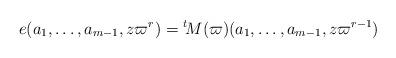
LaTeX: \begin{align*}e(a_1,\dots, a_{m-1}, z\varpi^r)={^t\!M}(\varpi)(a_1,\dots, a_{m-1}, z\varpi^{r-1})\end{align*}